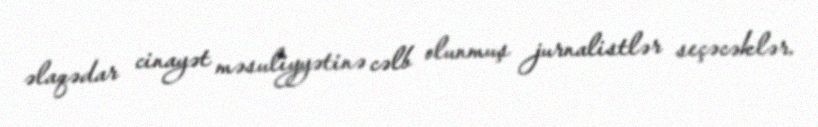
əlaqədar cinayət məsuliyyətinə cəlb olunmuş jurnalistlər seçəcəklər.